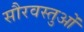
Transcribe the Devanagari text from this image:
सौरवस्तुओं